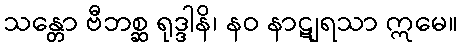
သန္တော ဗီဘစ္ဆ ရုဒ္ဒါနိ၊ နဝ နာဋျရသာ ဣမေ။